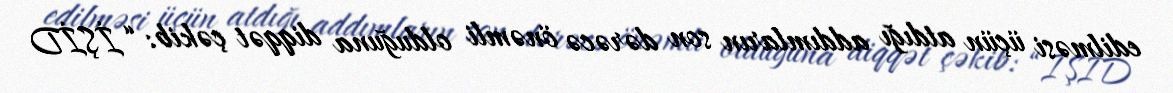
edilməsi üçün atdığı addımların son dərəcə önəmli olduğuna diqqət çəkib: “İŞİD